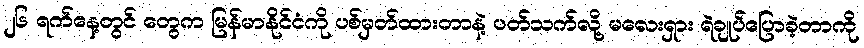
၂၆ ရက်နေ့တွင် တွေက မြန်မာနိုင်ငံကို ပစ်မှတ်ထားတာနဲ့ ပတ်သက်လို့ မလေးရှား ရဲချုပ်ပြောခဲ့တာကို